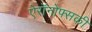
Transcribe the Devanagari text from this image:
ऐरॉनोफ्सकी